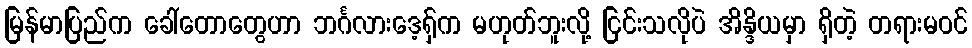
မြန်မာပြည်က ခေါ်တောတွေဟာ ဘင်္ဂလားဒေ့ရှ်က မဟုတ်ဘူးလို့ ငြင်းသလိုပဲ အိန္ဒိယမှာ ရှိတဲ့ တရားမဝင်